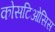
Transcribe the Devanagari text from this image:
कोसटिओसिस